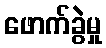
ဖောက်ခွဲမှု